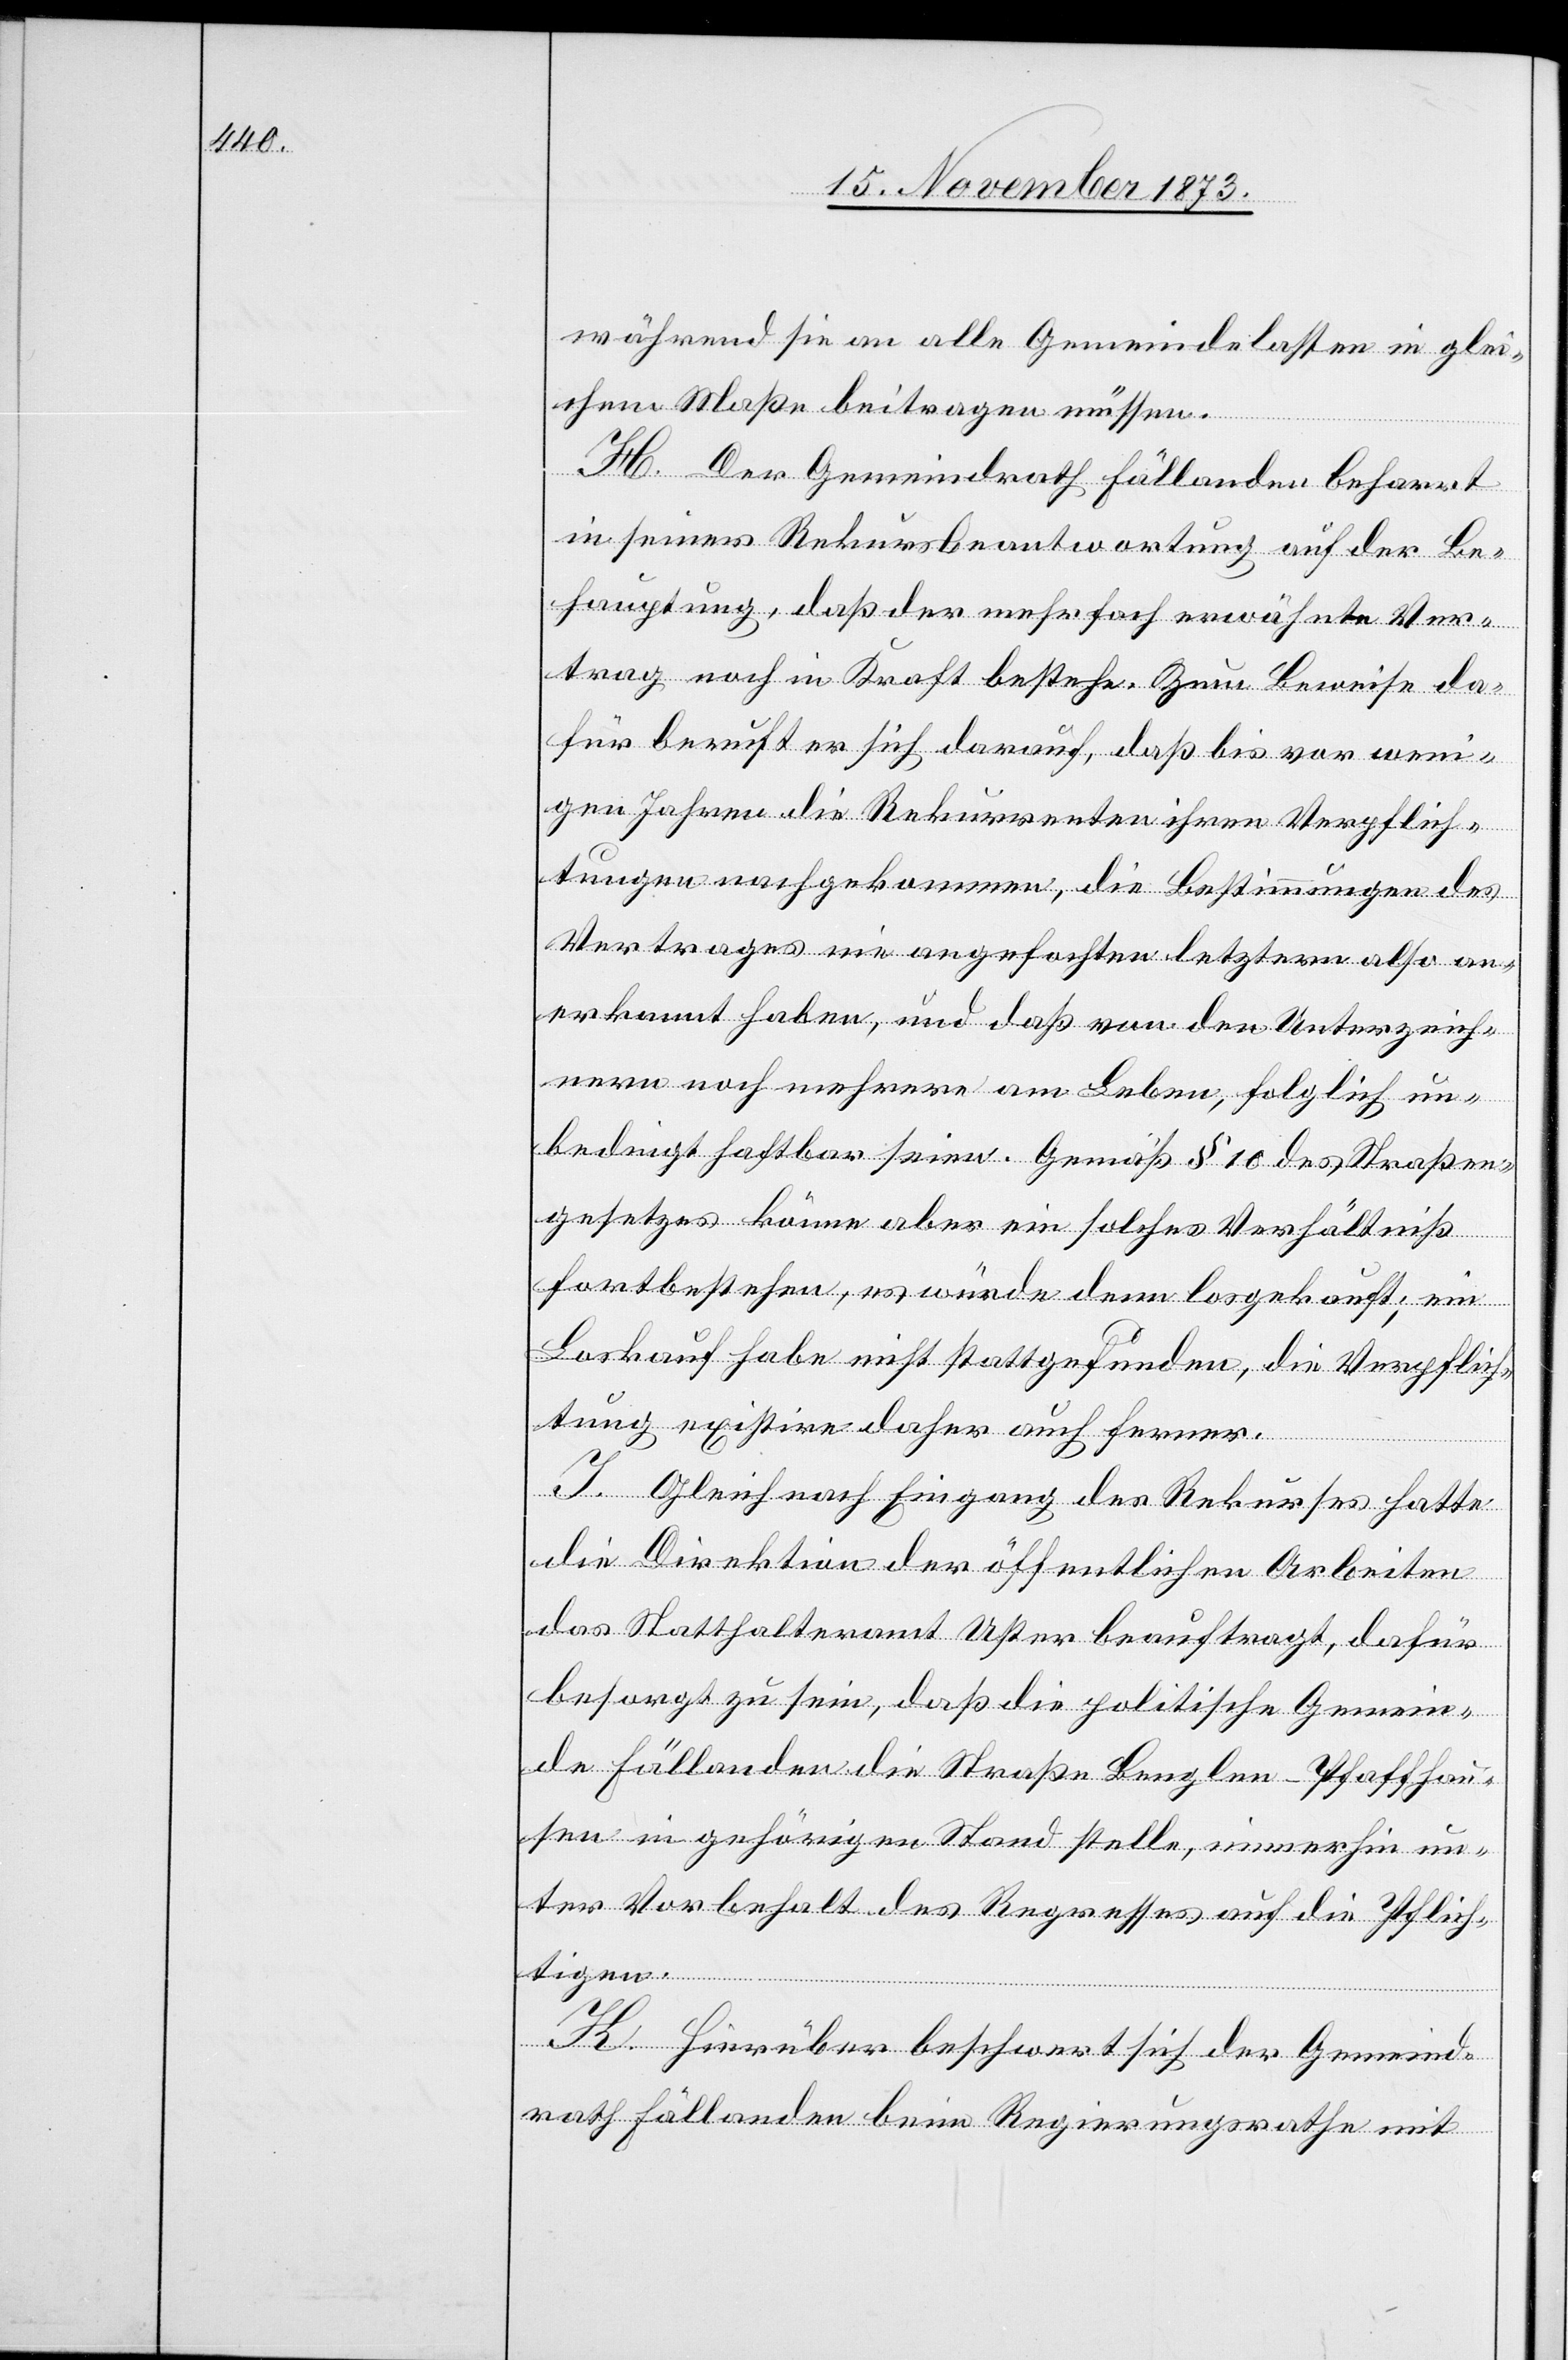
während sie an alle Gemeindelasten in glei¬
chem Maße beitragen müssen.
H. Der Gemeindrath Fällanden beharrt
in seiner Rekursbeantwortung auf der Be¬
hauptung, daß der mehrfach erwähnte Ver¬
trag noch in Kraft bestehe. Zum Beweise da¬
für beruft er sich darauf, daß bis vor weni¬
gen Jahren die Rekurrenten ihren Verpflich¬
tungen nachgekommen, die Bestimmungen des
Vertrages nie angefochten[,] letztern also an¬
erkannt haben, und das von den Unterzeich¬
nern noch mehrere am Leben, folglich un¬
bedingt haftbar seien. Gemäß § 10 des Straßen¬
gesetzes könne aber ein solches Verhältniß
fortbestehen, es würde denn losgekauft; ein
Loskauf habe nicht stattgefunden, die Verpflich¬
tung existire daher auch ferner.
I. Gleich nach Eingang des Rekurses hatte
die Direktion der öffentlichen Arbeiten
das Statthalteramt Uster beauftragt, dafür
besorgt zu sein, daß die politische Gemein¬
de Fällanden die Straße Benglen–Pfaffhau¬
sen in gehörigen Stand stelle, immerhin un¬
ter Vorbehalt des Regresses auf die Pflich¬
tigen.
K. Hierüber beschwert sich der Gemeind¬
rath Fällanden beim Regierungsrathe mit